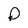
Character: P